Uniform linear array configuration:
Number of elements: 64
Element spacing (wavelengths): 1
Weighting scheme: uniform
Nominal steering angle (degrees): -60
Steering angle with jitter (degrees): -60.863
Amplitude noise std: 0.05
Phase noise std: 0.05

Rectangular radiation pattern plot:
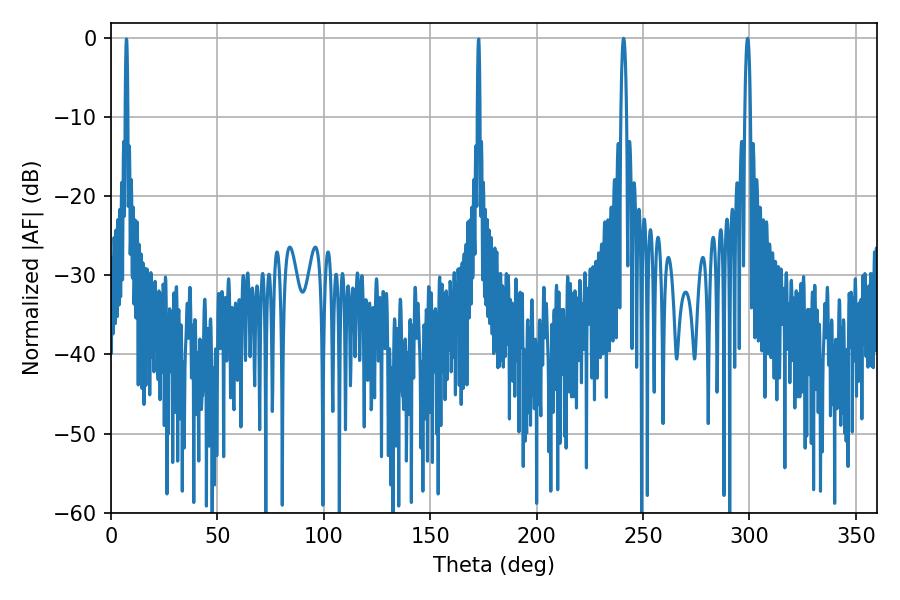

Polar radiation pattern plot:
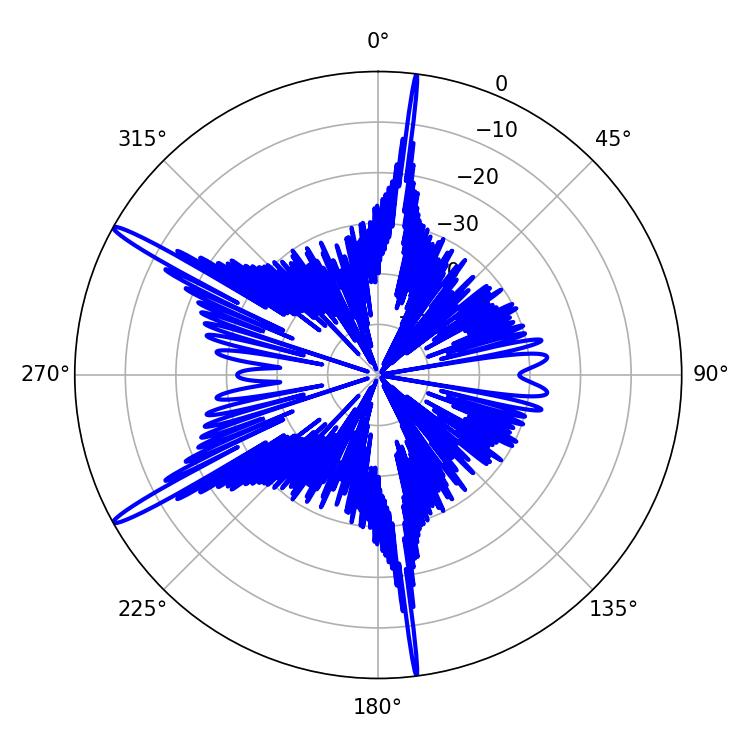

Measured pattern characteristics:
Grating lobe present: TRUE
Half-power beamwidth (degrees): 1.44
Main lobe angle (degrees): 240.84